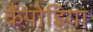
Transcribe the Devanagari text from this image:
कैंपोडिया